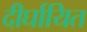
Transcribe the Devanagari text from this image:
दीर्घायित